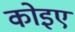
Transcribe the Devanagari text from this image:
कोइए